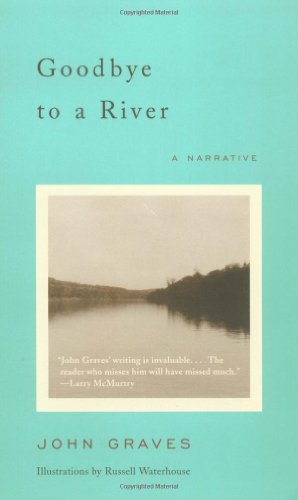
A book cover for Goodbye to a River: A Narrative; John Graves; Science & Math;